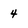
Character: 4